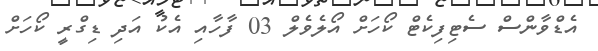
އެޑްވާންސް ސެޓިފިކެޓް ކޯހަށް އޯލެވެލް 03 ފާހާއި އެކު އަދި ޑިގްރީ ކޯހަށް